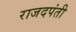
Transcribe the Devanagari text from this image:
राजदपंती